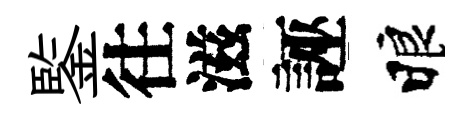
鍳往滋誣睱